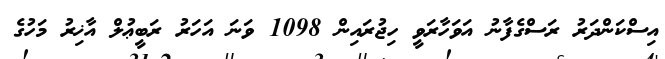
އިސްކަންދަރު ރަސްގެފާނު އަވަހާރަވީ ހިޖުރައިން 1098 ވަނަ އަހަރު ރަބީޢުލް އާޚިރު މަހުގެ